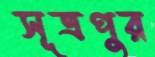
সূত্রপুর